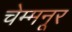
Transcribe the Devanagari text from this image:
चेम्मनूर